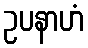
ဥပနာဟံ